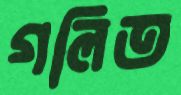
গলিত